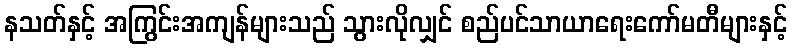
နသတ်နှင့် အကြွင်းအကျန်များသည် သွားလိုလျှင် စည်ပင်သာယာရေးကော်မတီများနှင့်